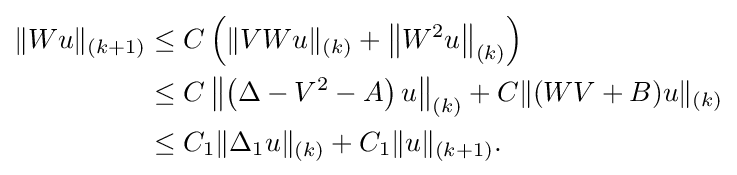
{\begin{aligned}\|Wu\|_{(k+1)}&\leq C\left(\|VWu\|_{(k)}+\left\|W^{2}u\right\|_{(k)}\right)\\&\leq C\left\|\left(\Delta -V^{2}-A\right)u\right\|_{(k)}+C\|(WV+B)u\|_{(k)}\\&\leq C_{1}\|\Delta _{1}u\|_{(k)}+C_{1}\|u\|_{(k+1)}.\end{aligned}}